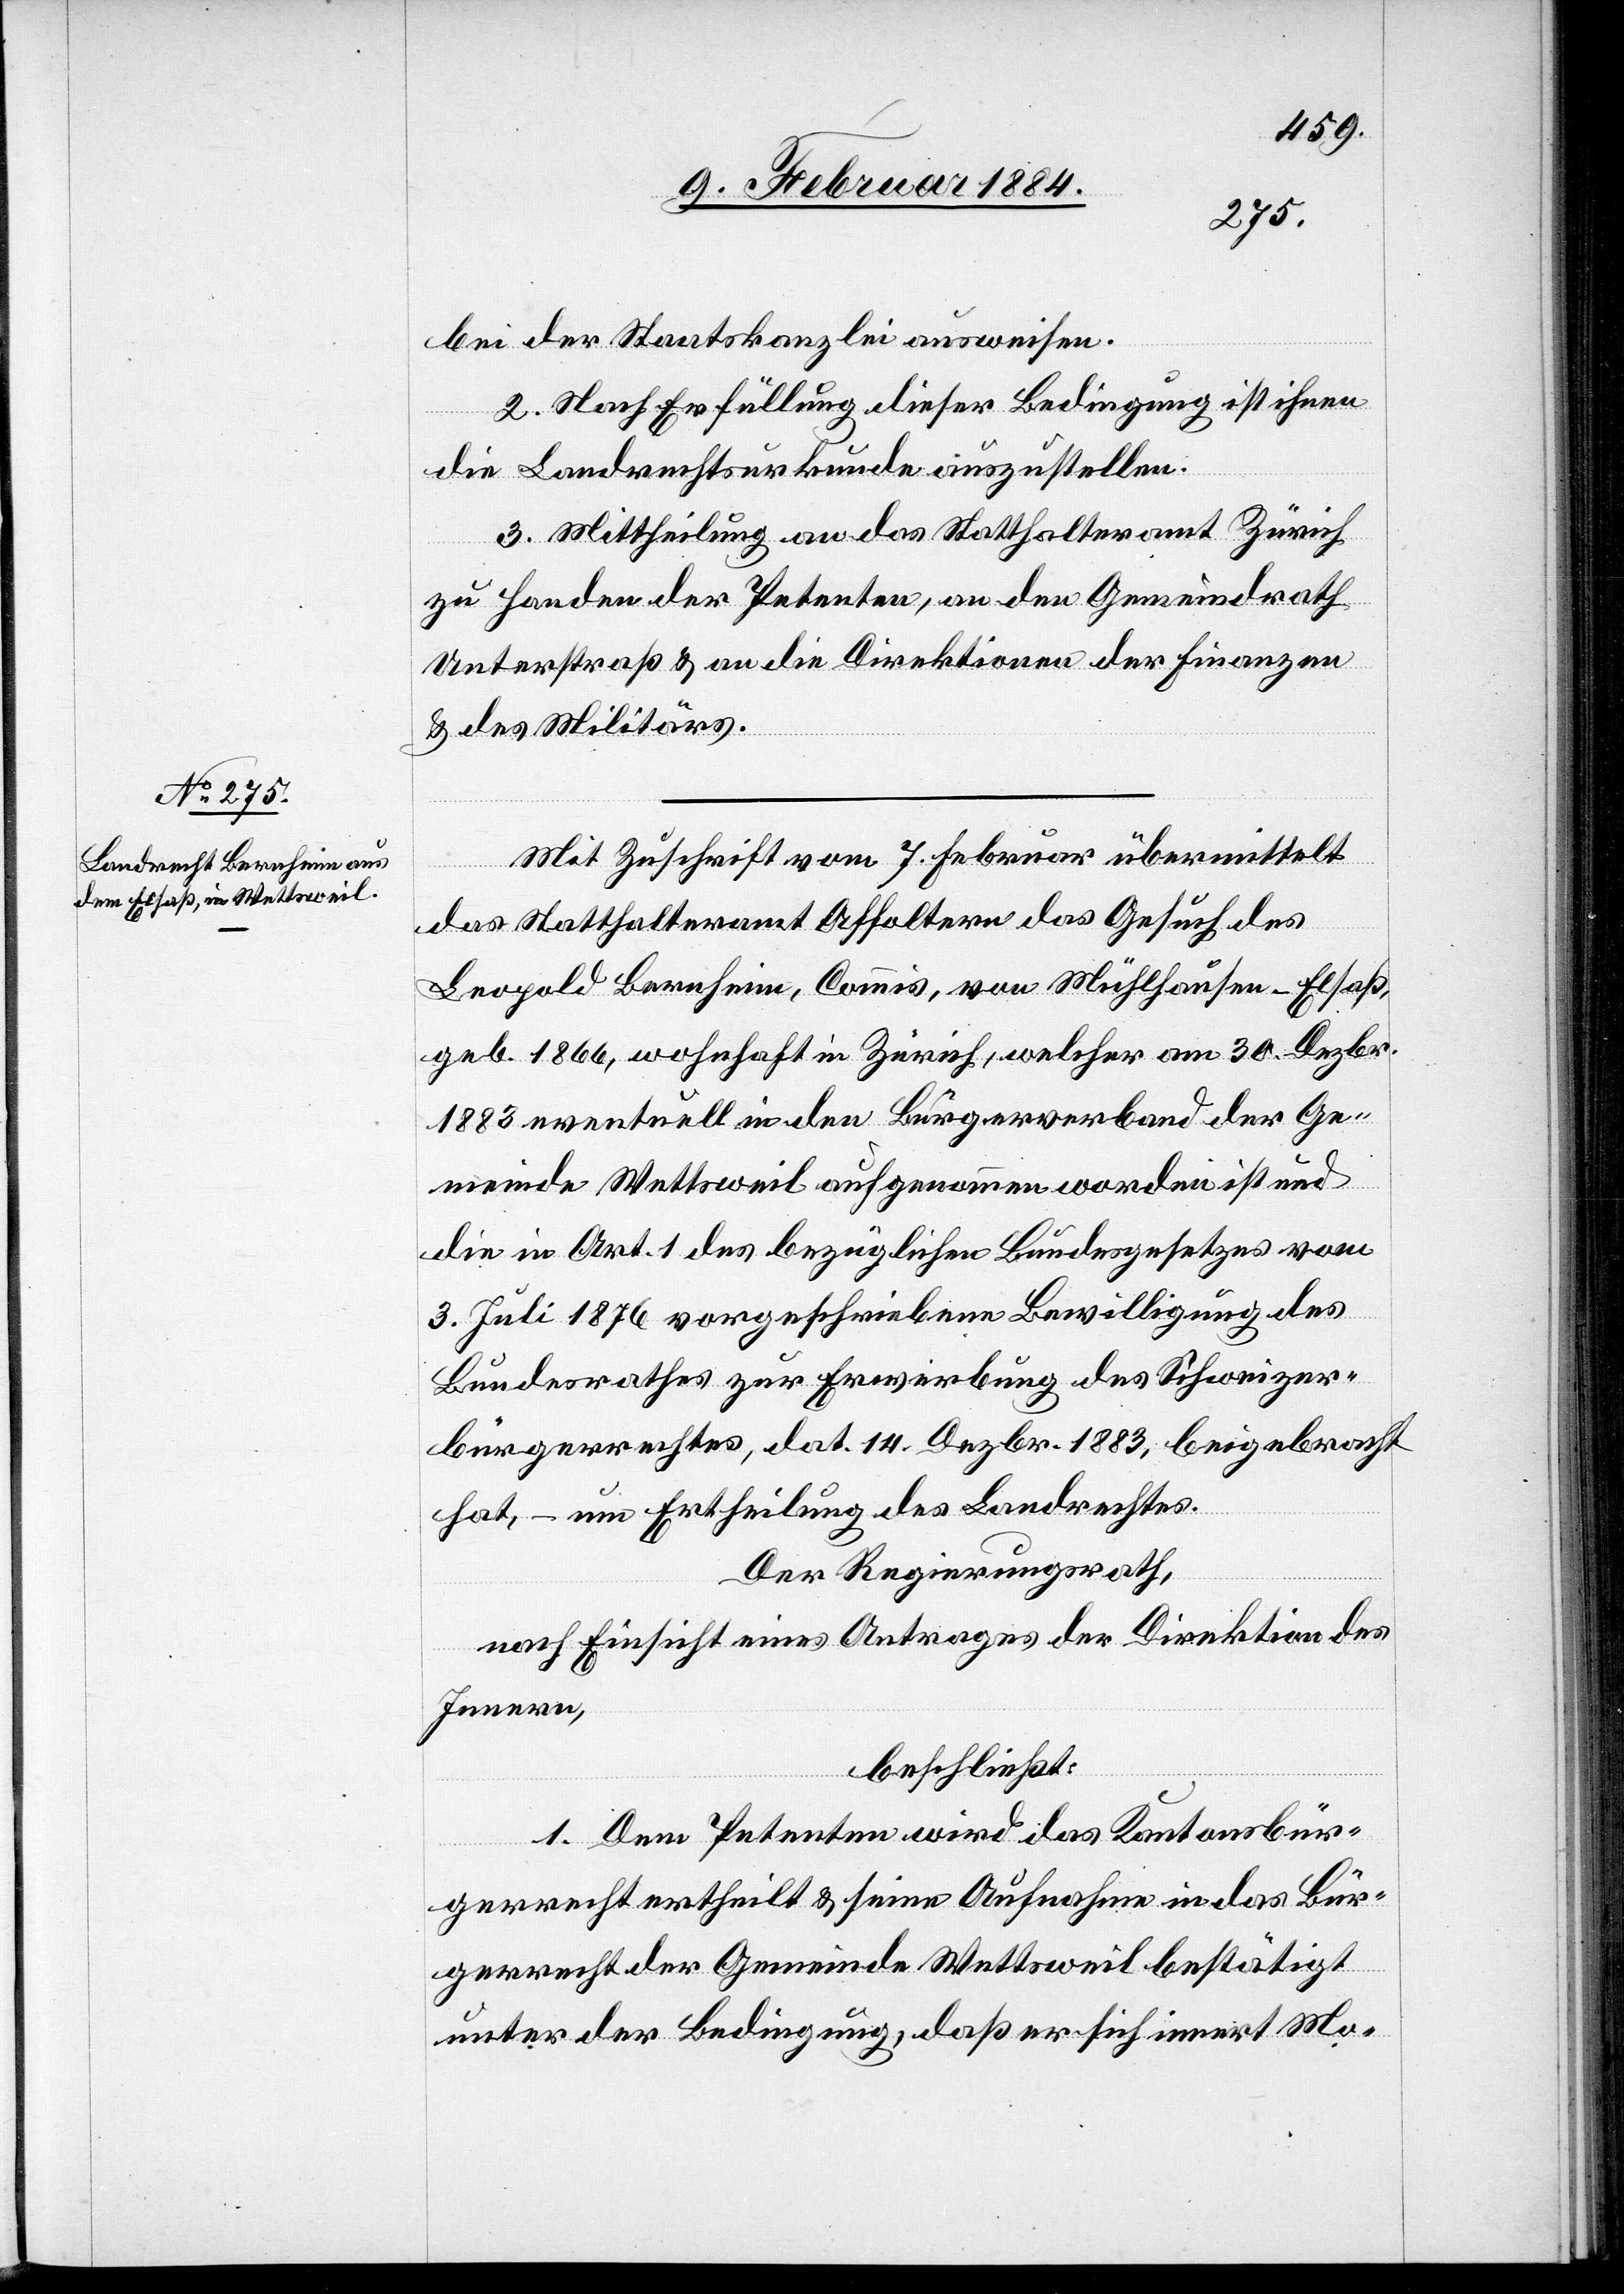
bei der Staatskanzlei ausweisen.
2. Nach Erfüllung dieser Bedingung ist ihnen
die Landrechtsurkunde auszustellen.
3. Mittheilung an das Statthalteramt Zürich
zu Handen der Petenten, an den Gemeindrath
Unterstraß & an die Direktion der Finanzen
& des Militärs.
Mit Zuschrift vom 7. Februar übermittelt
das Statthalteramt Affoltern das Gesuch des
Leopold Bernheim, Commis, von Mühlhausen - Elsaß,
geb. 1866, wohnhaft in Zürich, welcher am 30. Dezbr.
1883 eventuell in den Bürgerverband der Ge¬
meinde Wettsweil aufgenommen worden ist und
die in Art. 1 des bezüglichen Bundesgesetzes vom
3. Juli 1876 vorgeschriebene Bewilligung des
Bundesrathes zur Erwerbung des Schweizer¬
bürgerrechtes, dat. 14. Dezbr. 1883, beigebracht
hat, – um Ertheilung des Landrechtes.
Der Regierungsrath,
nach Einsicht eines Antrages der Direktion des
Innern,
beschließt:
1. Dem Petenten wird das Kantonsbür¬
gerrecht ertheilt & seine Aufnahme in das Bür¬
gerrecht der Gemeinde Wettsweil bestätigt
unter der Bedingung, daß er sich innert Mo-